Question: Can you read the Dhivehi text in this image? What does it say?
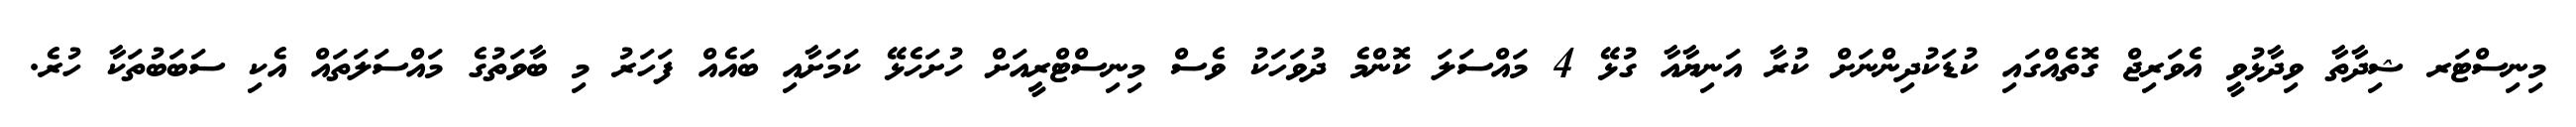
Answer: މިނިސްޓަރ ޝިދާތާ ވިދާޅުވީ އެވަރިޖް ގޮތެއްގައި ކުޑަކުދިންނަށް ކުރާ އަނިޔާއާ ގުޅޭ 4 މައްސަލަ ކޮންމެ ދުވަހަކު ވެސް މިނިސްޓްރީއަށް ހުށަހެޅޭ ކަމަށާއި ބައެއް ފަހަރު މި ބާވަތުގެ މައްސަލަތައް އެކި ސަބަބުތަކާ ހުރެ.